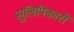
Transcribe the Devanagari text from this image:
सुलिपिकारों